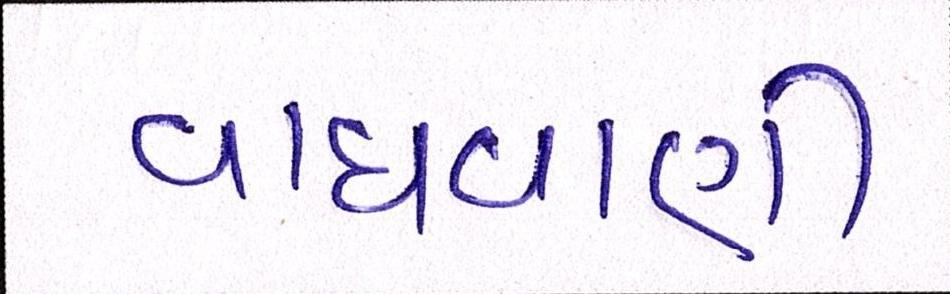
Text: વાધવાણી